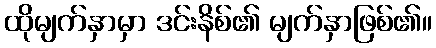
ထိုမျက်နှာမှာ ဒင်းနိစ်၏ မျက်နှာဖြစ်၏။